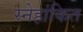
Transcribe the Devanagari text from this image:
स्नेहांकित